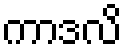
ကာဒလိ